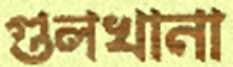
গুলখানা